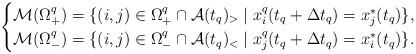
LaTeX: \begin{align*}\begin{cases}\mathcal{M}(\Omega^q_+) ={} \{ (i,j) \in \Omega^q_+ \cap {\cal A}(t_q)_> \mid x^q_{i}(t_q + \Delta t_q ) = x^*_j(t_q) \}, \\\mathcal{M}(\Omega^q_-) ={} \{ (i,j) \in \Omega^q_- \cap {\cal A}(t_q)_< \mid x^q_{j}(t_q + \Delta t_q ) = x^*_i(t_q) \}. \\\end{cases}\end{align*}